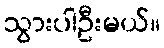
သွားပါဦးမယ်။